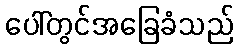
ပေါ်တွင်အခြေခံသည်